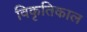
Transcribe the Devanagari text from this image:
विकृतिकाल